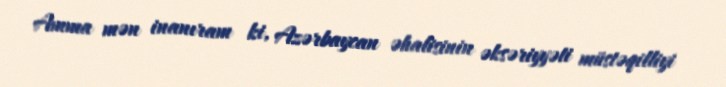
Amma mən inanıram ki, Azərbaycan əhalisinin əksəriyyəti müstəqilliyi